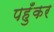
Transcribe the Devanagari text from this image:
पहुँकर